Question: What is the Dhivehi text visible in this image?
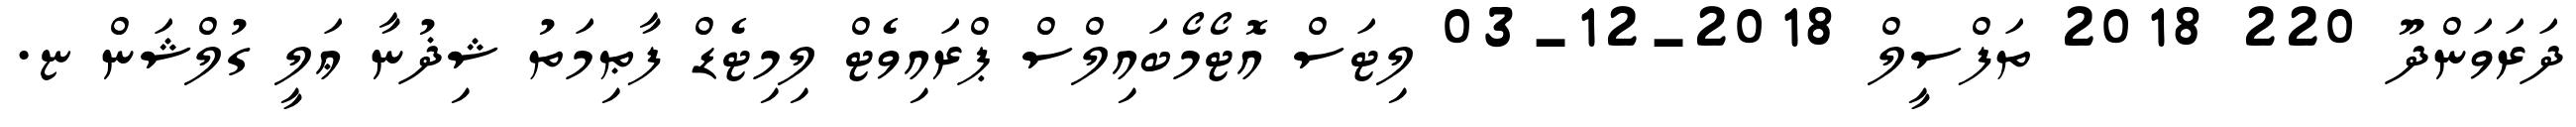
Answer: ދަރަވަންދޫ 220 2018 ތަފްސީލް 2018-12-03 ލިޓަސް އޮޓޯމޯބައިލްސް ޕްރައިވެޓް ލިމިޓެޑް ފާޠިމަތު ޝިޛުނާ ޢަލީ ގުލްޝަން ޏ.